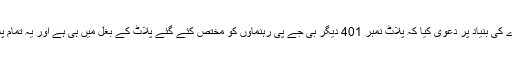
گوکھلے نے خود کے ذریعے کئے گئے دورے کی بنیاد پر دعویٰ کیا کہ پلاٹ نمبر 401 دیگر بی جے پی رہنماؤں کو مختص کئے گئے پلاٹ کے بغل میں ہی ہے اور یہ تمام پلاٹ گاندھی نگر کے بےحد خاص مقام پر ہیں۔